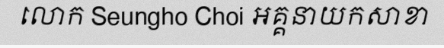
លោក Seungho Choi អគ្គនាយកសាខា